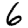
Digit: 6